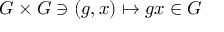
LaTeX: G \times G \ni ( g , x ) \mapsto g x \in G